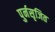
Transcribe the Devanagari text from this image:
पुर्नसृजित